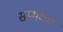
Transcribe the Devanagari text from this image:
सम्भव्ता